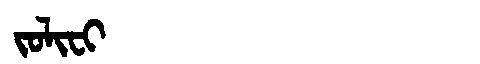
Manchu: ᠵᠣᠯᡳᠸᡳ
Romanization: JOLIFI